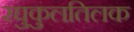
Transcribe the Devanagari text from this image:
रघुकुलतिलक